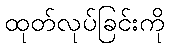
ထုတ်လုပ်ခြင်းကို